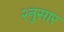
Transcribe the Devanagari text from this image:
२नुसार